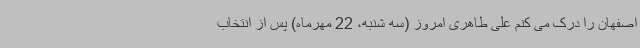
اصفهان را درک می کنم علی طاهری امروز (سه شنبه، 22 مهرماه) پس از انتخاب